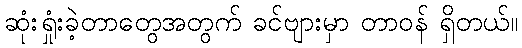
ဆုံးရှုံးခဲ့တာတွေအတွက် ခင်ဗျားမှာ တာဝန် ရှိတယ်။